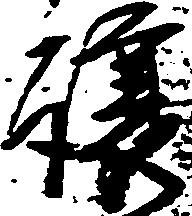
譲